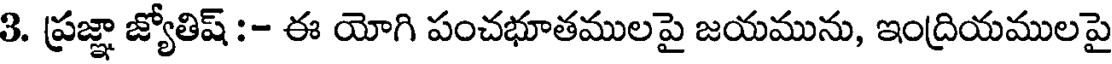
3. ప్రజ్ఞా జ్యోతిష్ :- ఈ యోగి పంచభూతములపై జయమును, ఇంద్రియములపై